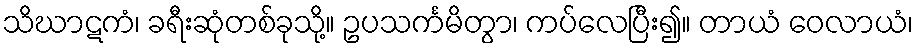
သိဃာဋကံ၊ ခရီးဆုံတစ်ခုသို့။ ဥပသင်္ကမိတွာ၊ ကပ်လေပြီး၍။ တာယံ ဝေလာယံ၊